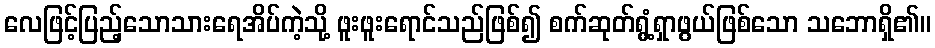
လေဖြင့်ပြည့်သောသားရေအိပ်ကဲ့သို့ ဖူးဖူးရောင်သည်ဖြစ်၍ စက်ဆုတ်ရွံ့ရှာဖွယ်ဖြစ်သော သဘောရှိ၏။